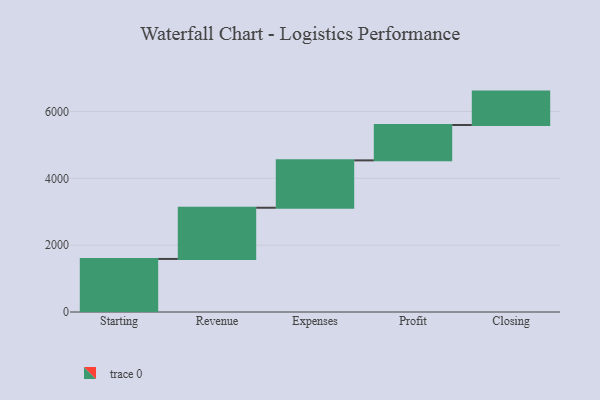
{"axis": {"x": "Step", "y": "Value"}, "legend": [""], "data": [{"x": "Starting", "y": 1588.0, "type": ""}, {"x": "Revenue", "y": 1532.0, "type": ""}, {"x": "Expenses", "y": 1418.0, "type": ""}, {"x": "Profit", "y": 1058.0, "type": ""}, {"x": "Closing", "y": 1000, "type": ""}]}